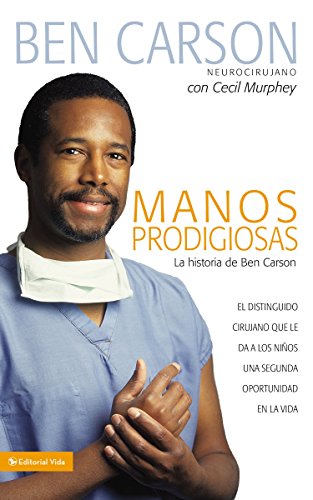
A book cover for Manos Prodigiosas: La historia de Ben Carson (Spanish Edition); Ben Carson  M.D.; Children's Books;